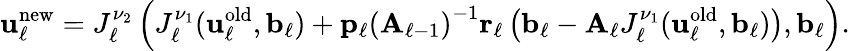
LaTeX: \boldsymbol{\mathbf{u}}_{\ell}^{\mathrm{new}}={J}_{\ell}^{\nu_{2}}\left({J}_{\ell}^{\nu_{1}}(\boldsymbol{\mathbf{u}}_{\ell}^{\mathrm{old}},\boldsymbol{\mathbf{b}}_{\ell})+\boldsymbol{\mathbf{p}}_{\ell}\left(\boldsymbol{\mathbf{A}}_{\ell-1}\right)^{-1}\boldsymbol{\mathbf{r}}_{\ell}\left(\boldsymbol{\mathbf{b}}_{\ell}-\boldsymbol{\mathbf{A}}_{\ell}{J}_{\ell}^{\nu_{1}}(\boldsymbol{\mathbf{u}}_{\ell}^{\mathrm{old}},\boldsymbol{\mathbf{b}}_{\ell})\right),\boldsymbol{\mathbf{b}}_{\ell}\right).